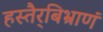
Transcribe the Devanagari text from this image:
हस्तैर्‌बिभ्राणं